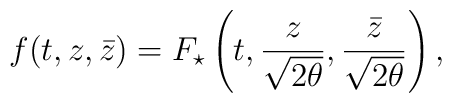
f(t,z,\bar{z})=F_{\star}\left(t,\frac{z}{\sqrt{2\theta}},\frac{\bar{z}}{\sqrt{2\theta}}\right),